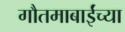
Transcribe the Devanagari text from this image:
गौतमाबाईंच्या